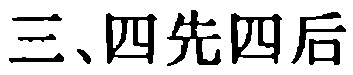
三、四先四后